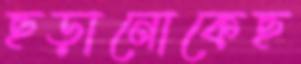
ছড়ানোকেছ